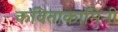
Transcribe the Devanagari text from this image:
कविताकामिनी